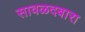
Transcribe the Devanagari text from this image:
सावळदबारा